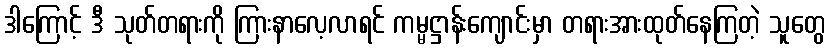
ဒါကြောင့် ဒီ သုတ်တရားကို ကြားနာလေ့လာရင် ကမ္မဋ္ဌာန်းကျောင်းမှာ တရားအားထုတ်နေကြတဲ့ သူတွေ